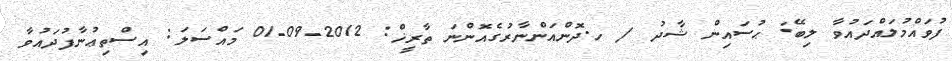
ފުވައްމުލައްދައުވާ ލިބޭ: ޙުސައިން ޝާދު / ހ.ދޮންއަންނާރުގެއޮންނަ ތާރީޚް: 2012-09-01 މައްސަލަ: އިސްތިޢުނާފުދައުވާ